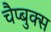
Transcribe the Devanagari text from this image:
चैप्बुक्स